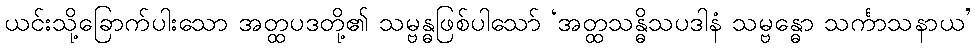
ယင်းသို့ခြောက်ပါးသော အတ္ထပဒတို့၏ သမ္ဗန္ဓဖြစ်ပါသော် ‘အတ္ထသန္ဓိသပဒါနံ သမ္ဗန္ဓော သင်္ကာသနာယ’